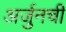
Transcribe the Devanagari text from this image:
अर्जुनची